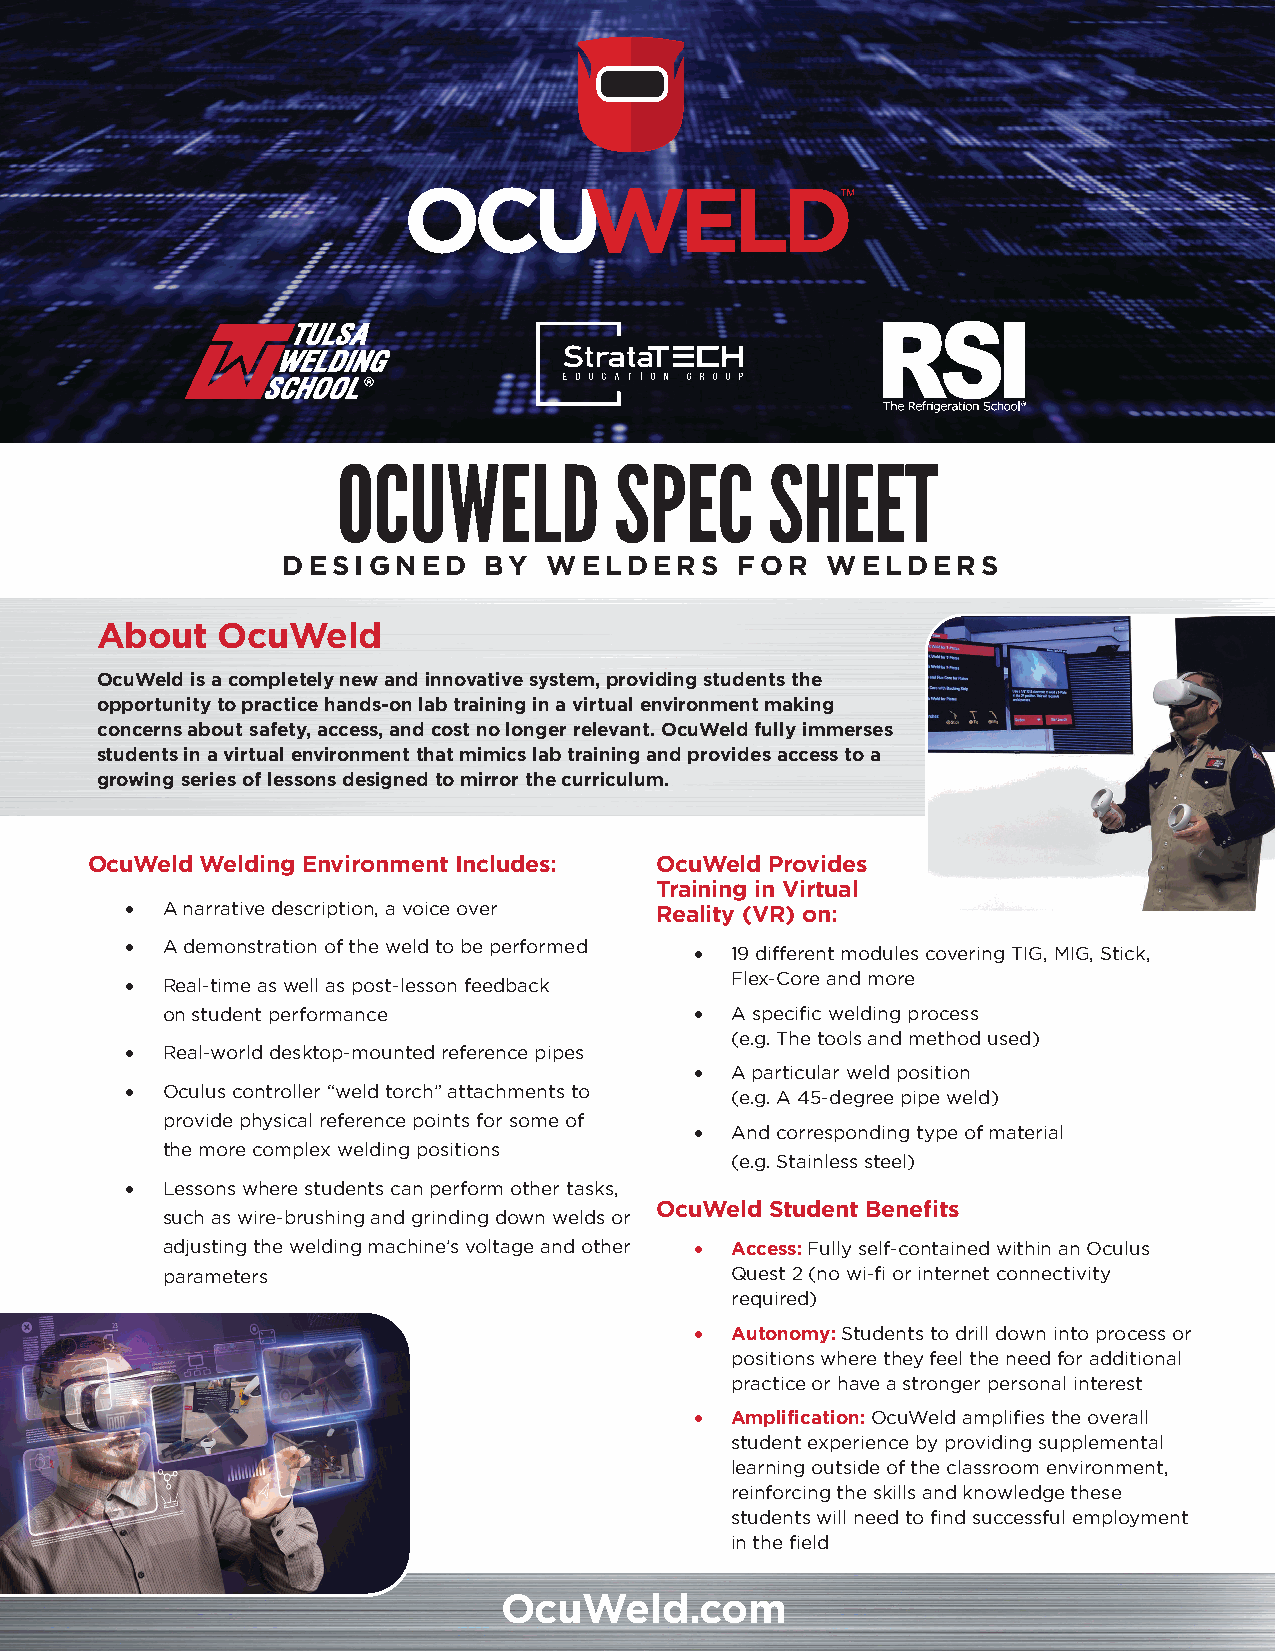
OCUWELD            SPEC      SHEET
 DESIGNED     BY  WELDERS      FOR   WELDERS
 About   OcuWeld
 OcuWeld is a completely new and innovative system, providing students the
 opportunity to practice hands-on lab training in a virtual environment making
 concerns about safety, access, and cost no longer relevant. OcuWeld fully immerses
 students in a virtual environment that mimics lab training and provides access to a
 growing series of lessons designed to mirror the curriculum.
 OcuWeld Welding Environment Includes: OcuWeld Provides
 Training in Virtual
 •  A narrative description, a voice over Reality (VR) on:
 •  A demonstration of the weld to be performed • 19 different modules covering TIG, MIG, Stick,
 Flex-Core and more
 •  Real-time as well as post-lesson feedback
 on student performance             • A specific welding process
 (e.g. The tools and method used)
 •  Real-world desktop-mounted reference pipes
 • A particular weld position
 •  Oculus controller “weld torch” attachments to (e.g. A 45-degree pipe weld)
 provide physical reference points for some of
 • And corresponding type of material
 the more complex welding positions
 (e.g. Stainless steel)
 •  Lessons where students can perform other tasks,
 OcuWeld Student Benefits
 such as wire-brushing and grinding down welds or
 adjusting the welding machine’s voltage and other • Access: Fully self-contained within an Oculus
 parameters                           Quest 2 (no wi-fi or internet connectivity
 required)
 • Autonomy: Students to drill down into process or
 positions where they feel the need for additional
 practice or have a stronger personal interest
 • Amplification: OcuWeld amplifies the overall
 student experience by providing supplemental
 learning outside of the classroom environment,
 reinforcing the skills and knowledge these
 students will need to find successful employment
 in the field
 OcuWeld.com